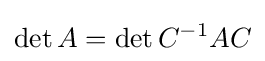
\det A=\det C^{-1}AC